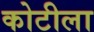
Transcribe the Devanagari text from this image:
कोटीला